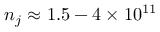
n _ { j } \approx 1 . 5 - 4 \times 1 0 ^ { 1 1 }